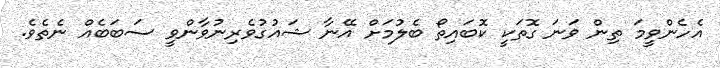
އެހެންވީމަ ތިން ވަނަ ގޮތަކީ ކޮބައިތޯ ބެލުމަށް އޭނާ ޝައުގުވެރިނުވާންވީ ސަބަބެއް ނެތެވެ.